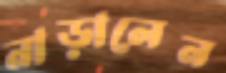
নাড়ালেন